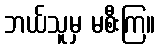
ဘယ်သူမှ မစီးကြ။